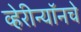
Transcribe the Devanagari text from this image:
व्हेरीन्यॉनचे